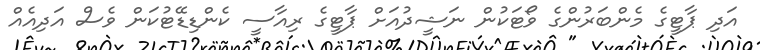
އަދި ޕާޓީގެ މެންބަރުންގެ ވޯޓަކުން ނަޝީދުއަށް ޕާޓީގެ ރިއާސީ ކެންޑިޑޭޓުކަން ވެސް އަދިއެއް